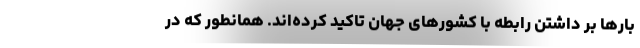
بارها بر داشتن رابطه با کشورهای جهان تاکید کرده‌اند. همانطور که در